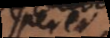
_